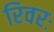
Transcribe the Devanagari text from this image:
रिवरः